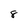
Character: 8